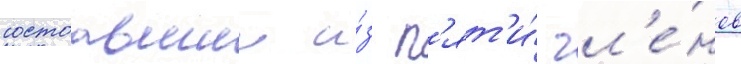
состоавшии и́з п'ят'и́ чл'е́нов